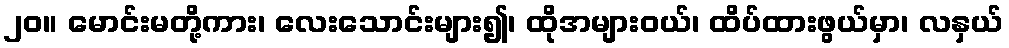
၂၀။ မောင်းမတို့ကား၊ လေးသောင်းများ၍၊ ထိုအများဝယ်၊ ထိပ်ထားဖွယ်မှာ၊ လနှယ်